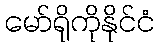
မော်ရိုကိုနိုင်ငံ